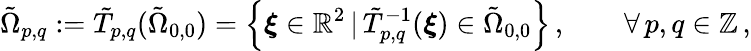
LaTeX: \tilde{\Omega}_{p,q}:=\tilde{T}_{p,q}(\tilde{\Omega}_{0,0})=\left\{ \boldsymbol{\xi}\in\mathbb{R}^{2}\, \vert\, \tilde{T}_{p,q}^{-1}(\boldsymbol{\xi})\in\tilde{\Omega}_{0,0}\right\} \, ,\qquad\forall\, p,q\in\mathbb{Z}\, ,